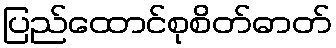
ပြည်ထောင်စုစိတ်ဓာတ်